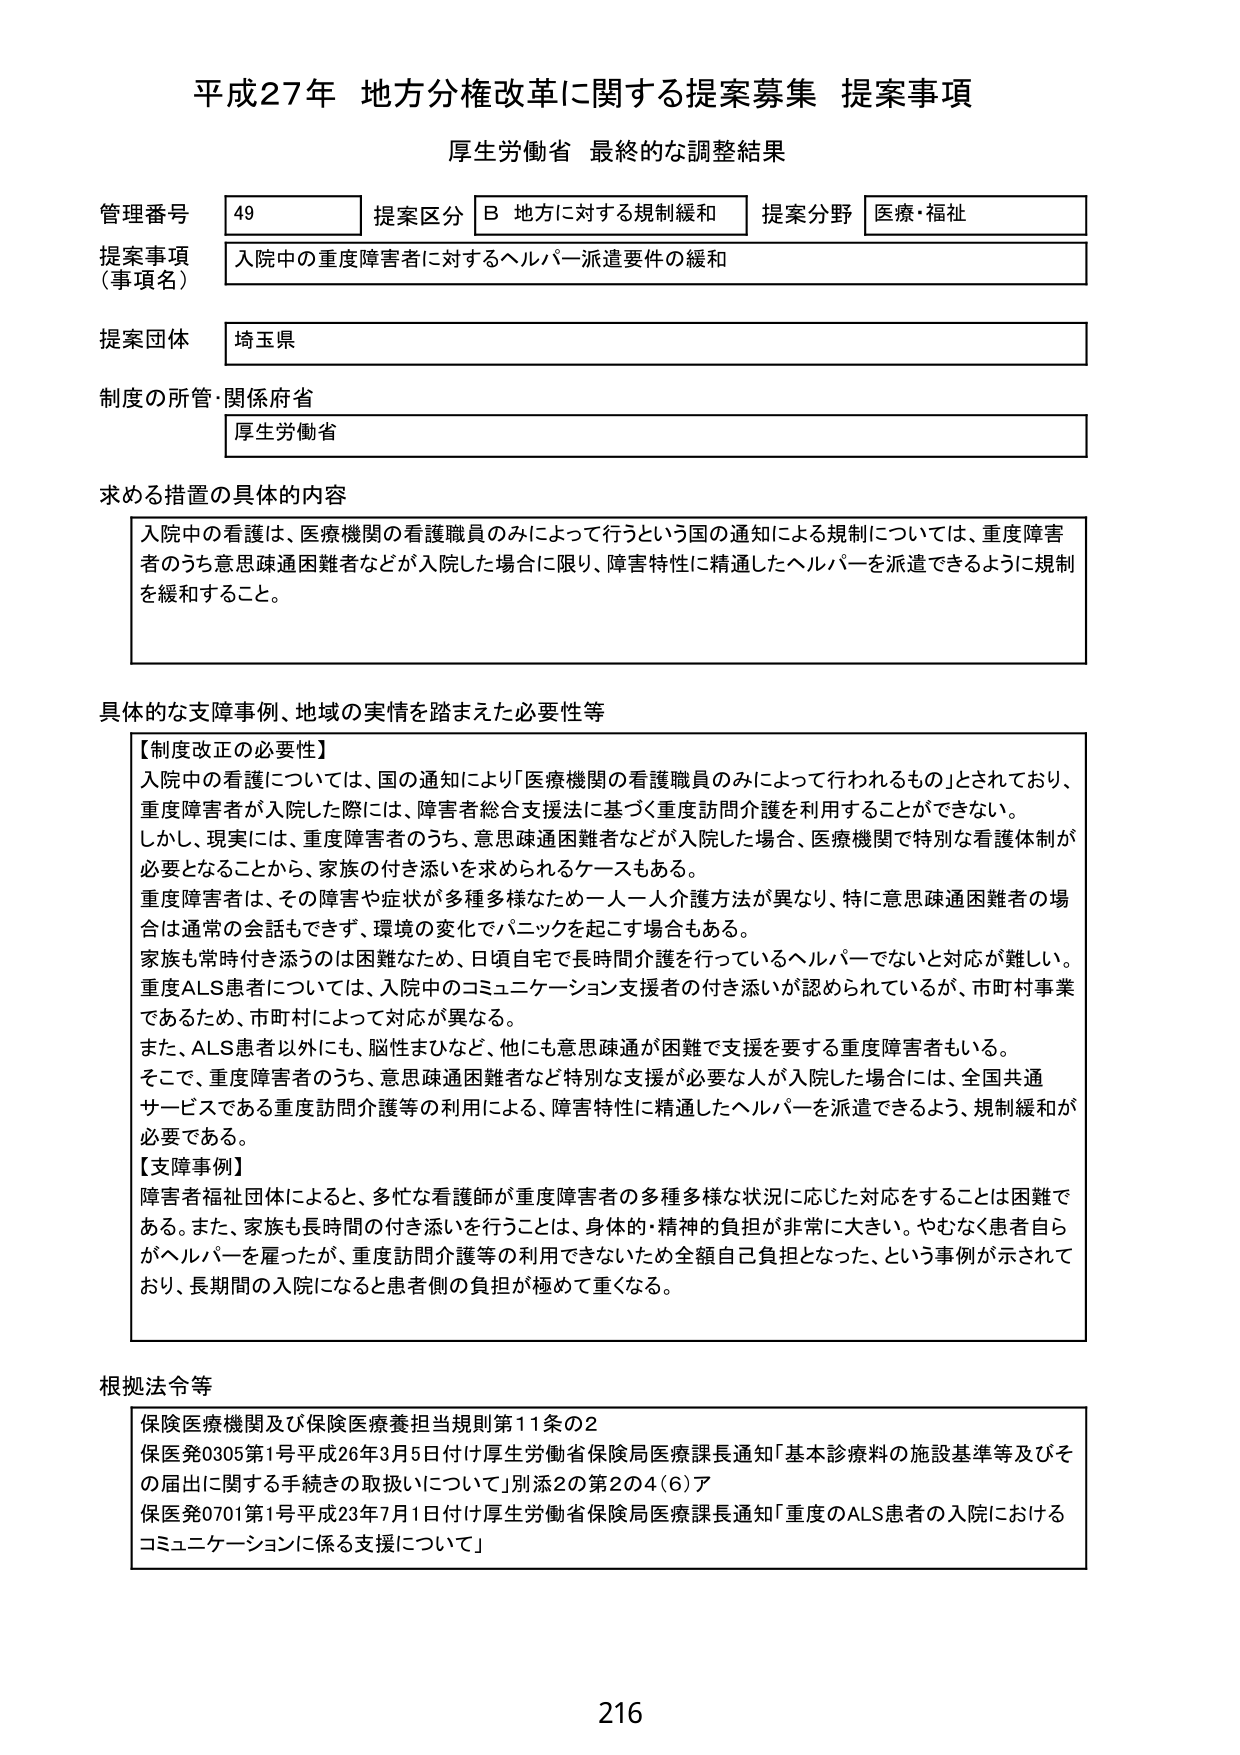
平成27年 地方分権改革に関する提案募集 提案事項
厚生労働省 最終的な調整結果

管理番号 49
提案区分 B 地方に対する規制緩和
提案分野 医療・福祉

提案事項（事項名）
入院中の重度障害者に対するヘルパー派遣要件の緩和

提案団体
埼玉県

制度の所管・関係府省
厚生労働省

求める措置の具体的内容
入院中の看護は、医療機関の看護職員のみによって行うという国の通知による規制については、重度障害者のうち意思疎通困難者などが入院した場合に限り、障害特性に精通したヘルパーを派遣できるように規制を緩和すること。

具体的な支障事例、地域の実情を踏まえた必要性等
【制度改正の必要性】
入院中の看護については、国の通知により「医療機関の看護職員のみによって行われるもの」とされており、重度障害者が入院した際には、障害者総合支援法に基づく重度訪問介護を利用することができない。
しかし、現実には、重度障害者のうち、意思疎通困難者などが入院した場合、医療機関で特別な看護体制が必要となることから、家族の付き添いを求められるケースもある。
重度障害者は、その障害や症状が多種多様なため一人一人介護方法が異なり、特に意思疎通困難者の場合は通常の会話もできず、環境の変化でパニックを起こす場合もある。
家族も常時付き添うのは困難なため、日頃自宅で長時間介護を行っているヘルパーでないと対応が難しい。
重度ALS患者については、入院中のコミュニケーション支援者の付き添いが認められているが、市町村事業であるため、市町村によって対応が異なる。
また、ALS患者以外にも、脳性まひなど、他にも意思疎通が困難で支援を要する重度障害者もいる。
そこで、重度障害者のうち、意思疎通困難者など特別な支援が必要な人が入院した場合には、全国共通サービスである重度訪問介護等の利用による、障害特性に精通したヘルパーを派遣できるよう、規制緩和が必要である。
【支障事例】
障害者福祉団体によると、多忙な看護師が重度障害者の多種多様な状況に応じた対応をすることは困難である。また、家族も長時間の付き添いを行うことは、身体的・精神的負担が非常に大きい。やむなく患者自らがヘルパーを雇ったが、重度訪問介護等の利用できなかったため全額自己負担となった、という事例が示されており、長期間の入院になると患者側の負担が極めて重くなる。

根拠法令等
保険医療機関及び保険医療養担当規則第11条の2
保医発0305第1号 平成26年3月5日付け 厚生労働省保険局医療課長通知「基本診療料の施設基準等及びその届出に関する手続きの取扱いについて」別添2の第2の4(6)ア
保医発0701第1号 平成23年7月1日付け 厚生労働省保険局医療課長通知「重度のALS患者の入院におけるコミュニケーションに係る支援について」

216